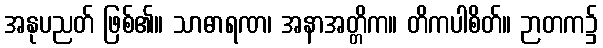
အနုပညတ် ဖြစ်၏။ သာဓာရဏ၊ အနာအတ္တိက။ တိကပါစိတ်။ ဉာတက၌